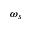
\omega _ { s }